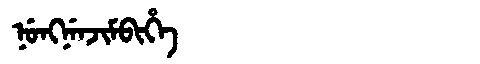
Manchu: ᠨᡠᠩᠨᡝᠨᠵᡳᠮᠪᡳᡥᡝ
Romanization: NUNGNENJIMBIHE